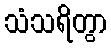
သံသရိတွာ